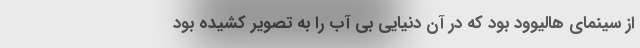
از سینمای هالیوود بود که در آن دنیایی بی آب را به تصویر کشیده بود